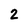
Character: 2